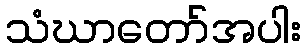
သံဃာတော်အပါး